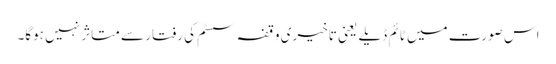
اس صورت میں ٹائم ڈیلے یعنی تاخیری وقفہ سسٹم کی رفتار سے متاثر نہیں ہوگا۔